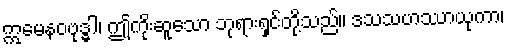
ဣမေနဝဗုဒ္ဓါ၊ ဤကိုးဆူသော ဘုရားရှင်တို့သည်။ ဒသသဟဿာယုကာ၊